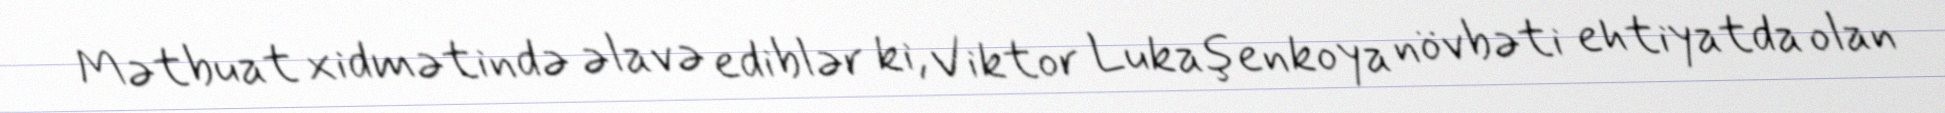
Mətbuat xidmətində əlavə ediblər ki, Viktor Lukaşenkoya növbəti ehtiyatda olan